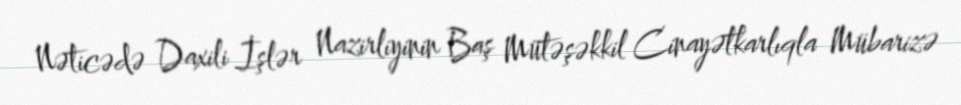
Nəticədə Daxili İşlər Nazirliyinin Baş Mütəşəkkil Cinayətkarlıqla Mübarizə